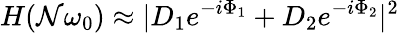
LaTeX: H(\mathcal{N}\omega_{0})\approx|D_{1}e^{-i\Phi_{1}}+D_{2}e^{-i\Phi_{2}}|^{2}